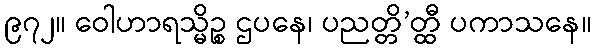
၉၇၂။ ဝေါဟာရသ္မိဉ္စ ဌပနေ၊ ပညတ္တိ’တ္ထီ ပကာသနေ။